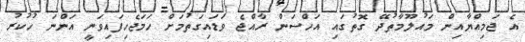
އެ ޖަމިއްޔާއިން މައުލޫމާތުދޭ ގޮތުގައި އަހްސަން ރާއްޖެ ވަޑައިގަތުމަށް ހަމަޖެހިފައިވަނީ އަންނަ ހުކުރު